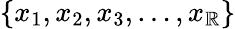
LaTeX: \left\{ x_{1},x_{2},x_{3},\dots,x_{\mathbb{R}}\right\}